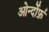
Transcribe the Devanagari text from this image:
ओर्न्दोर्फ़